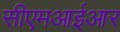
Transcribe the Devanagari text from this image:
सीएमआईआर